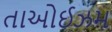
તાઓઈઝમ